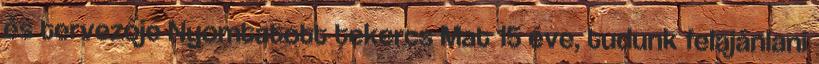
és tervezője Nyomtatott tekercs Mat 15 éve, tudunk felajánlani